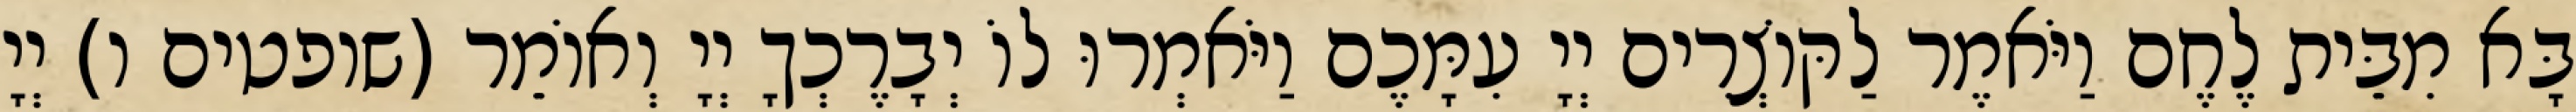
בָּא מִבֵּית לֶחֶם וַיֹּאמֶר לַקּוֹצְרִים יְיָ עִמָּכֶם וַיֹּאמְרוּ לוֹ יְבָרֶכְךָ יְיָ וְאוֹמֵר (שופטים ו) יְיָ